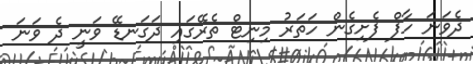
ދެވަނަ ހާފް ފެށިގެން ހަތަރު މިނިޓް ތެރޭގައި ދަގަނޑޭ ވަނީ ދެ ވަނަ